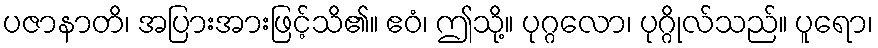
ပဇာနာတိ၊ အပြားအားဖြင့်သိ၏။ ဧဝံ၊ ဤသို့။ ပုဂ္ဂလော၊ ပုဂ္ဂိုလ်သည်။ ပူရော၊